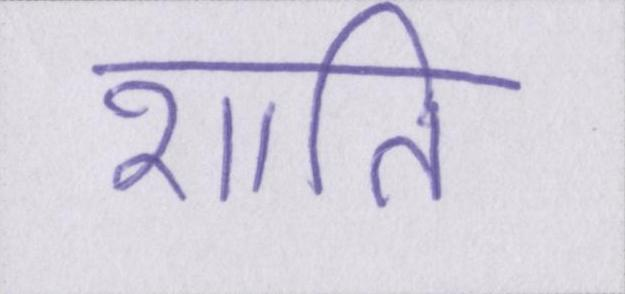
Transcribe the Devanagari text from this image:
शाति